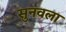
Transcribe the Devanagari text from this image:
सुनवला